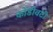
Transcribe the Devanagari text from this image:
कोंडीवटी